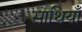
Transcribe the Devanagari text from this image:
साथियाँ